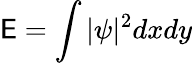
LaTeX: \mathsf{E}=\int|\psi|^{2}dxdy